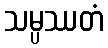
သမ္ပဿတံ